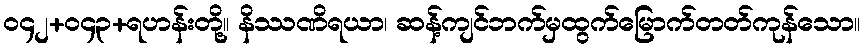
ဝ၄၂+ဝ၄၃+ရဟန်းတို့။ နိဿဏိရယာ၊ ဆန့်ကျင်ဘက်မှထွက်မြောက်တတ်ကုန်သော။